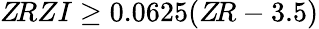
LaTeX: Z\! RZI\ge 0.0625(Z\! R-3.5)